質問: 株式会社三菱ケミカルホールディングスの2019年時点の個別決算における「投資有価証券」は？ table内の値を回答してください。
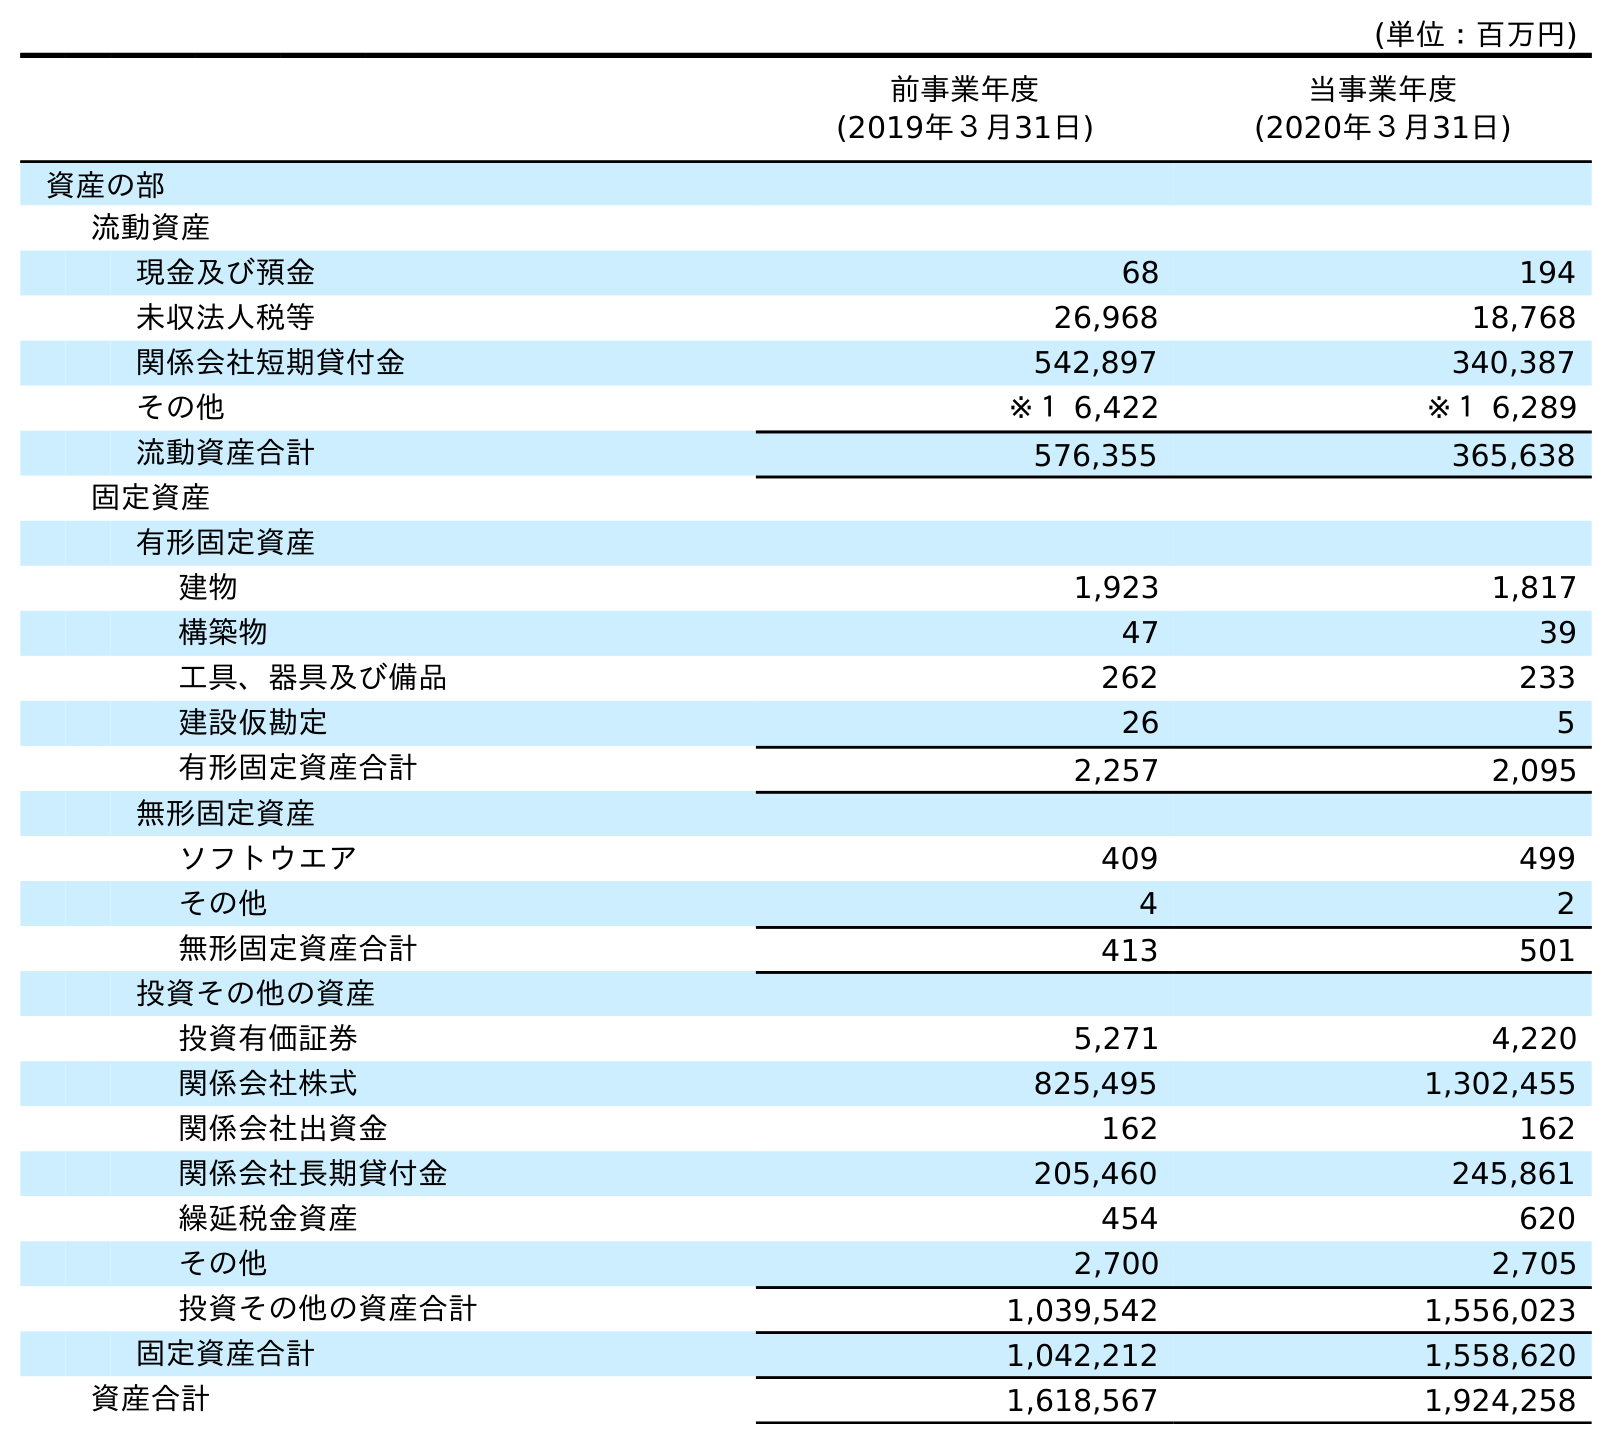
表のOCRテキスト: (単位：百万円) 前事業年度 (2019年３月31日) 当事業年度 (2020年３月31日) 資産の部 流動資産 現金及び預金 68 194 未収法人税等 26,968 18,768 関係会社短期貸付金 542,897 340,387 その他 ※１ 6,422 ※１ 6,289 流動資産合計 576,355 365,638 固定資産 有形固定資産 建物 1,923 1,817 構築物 47 39 工具、器具及び備品 262 233 建設仮勘定 26 5 有形固定資産合計 2,257 2,095 無形固定資産 ソフトウエア 409 499 その他 4 2 無形固定資産合計 413 501 投資その他の資産 投資有価証券 5,271 4,220 関係会社株式 825,495 1,302,455 関係会社出資金 162 162 関係会社長期貸付金 205,460 245,861 繰延税金資産 454 620 その他 2,700 2,705 投資その他の資産合計 1,039,542 1,556,023 固定資産合計 1,042,212 1,558,620 資産合計 1,618,567 1,924,258
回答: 5,271